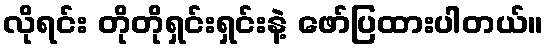
လိုရင်း တိုတိုရှင်းရှင်းနဲ့ ဖော်ပြထားပါတယ်။